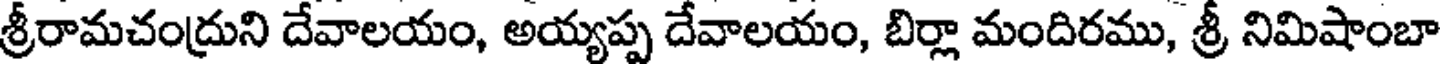
శ్రీరామచంద్రుని దేవాలయం, అయ్యప్ప దేవాలయం, బిర్లా మందిరము, శ్రీ నిమిషాంబా